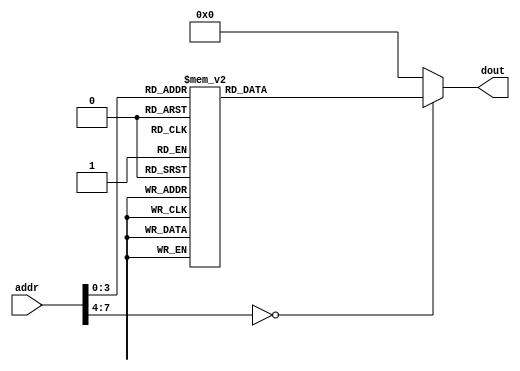
module rom_1 ( input [7:0] addr,output reg [15:0] dout );
always @ (addr)
case (addr)
8'b0000_0000: dout = 16'b0111_0000_0001_0111; 
8'b0000_0001: dout = 16'b1000_0001_0010_0010; 
8'b0000_0010: dout = 16'b1010_0000_0010_0000; 
8'b0000_0011: dout = 16'b1001_0000_0011_0000; 
8'b0000_0100: dout = 16'b0001_0001_0010_0100; 
8'b0000_0101: dout = 16'b0010_0100_0010_0101;  
8'b0000_0110: dout = 16'b1100_0000_0101_0001;  
8'b0000_0111: dout = 16'b1011_0000_0110_0001;  
8'b0000_1000: dout = 16'b0101_0100_0111_0011;  
8'b0000_1001: dout = 16'b0110_0100_1000_0010;  
8'b0000_1010: dout = 16'b0011_0100_0001_1001;  
8'b0000_1011: dout = 16'b0100_0100_0010_1010;  
8'b0000_1100: dout = 16'b1101_0110_0101_0111;  
8'b0000_1101: dout = 16'b0000_0000_0000_0000;  
default:      dout = 16'h0000;
endcase
endmodule